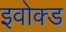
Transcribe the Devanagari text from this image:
इवोक्ड